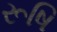
રૂષિ